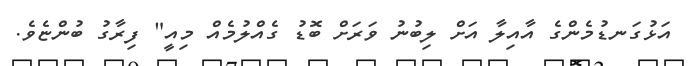
އަޅުގަނޑުމެންގެ އާއިލާ އަށް ލިބުނު ވަރަށް ބޮޑު ގެއްލުމެއް މިއީ" ފިރާގު ބުންޏެވެ.